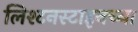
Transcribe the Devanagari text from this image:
लिश्टनस्टाइनच्या